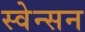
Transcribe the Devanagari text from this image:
स्वेन्सन